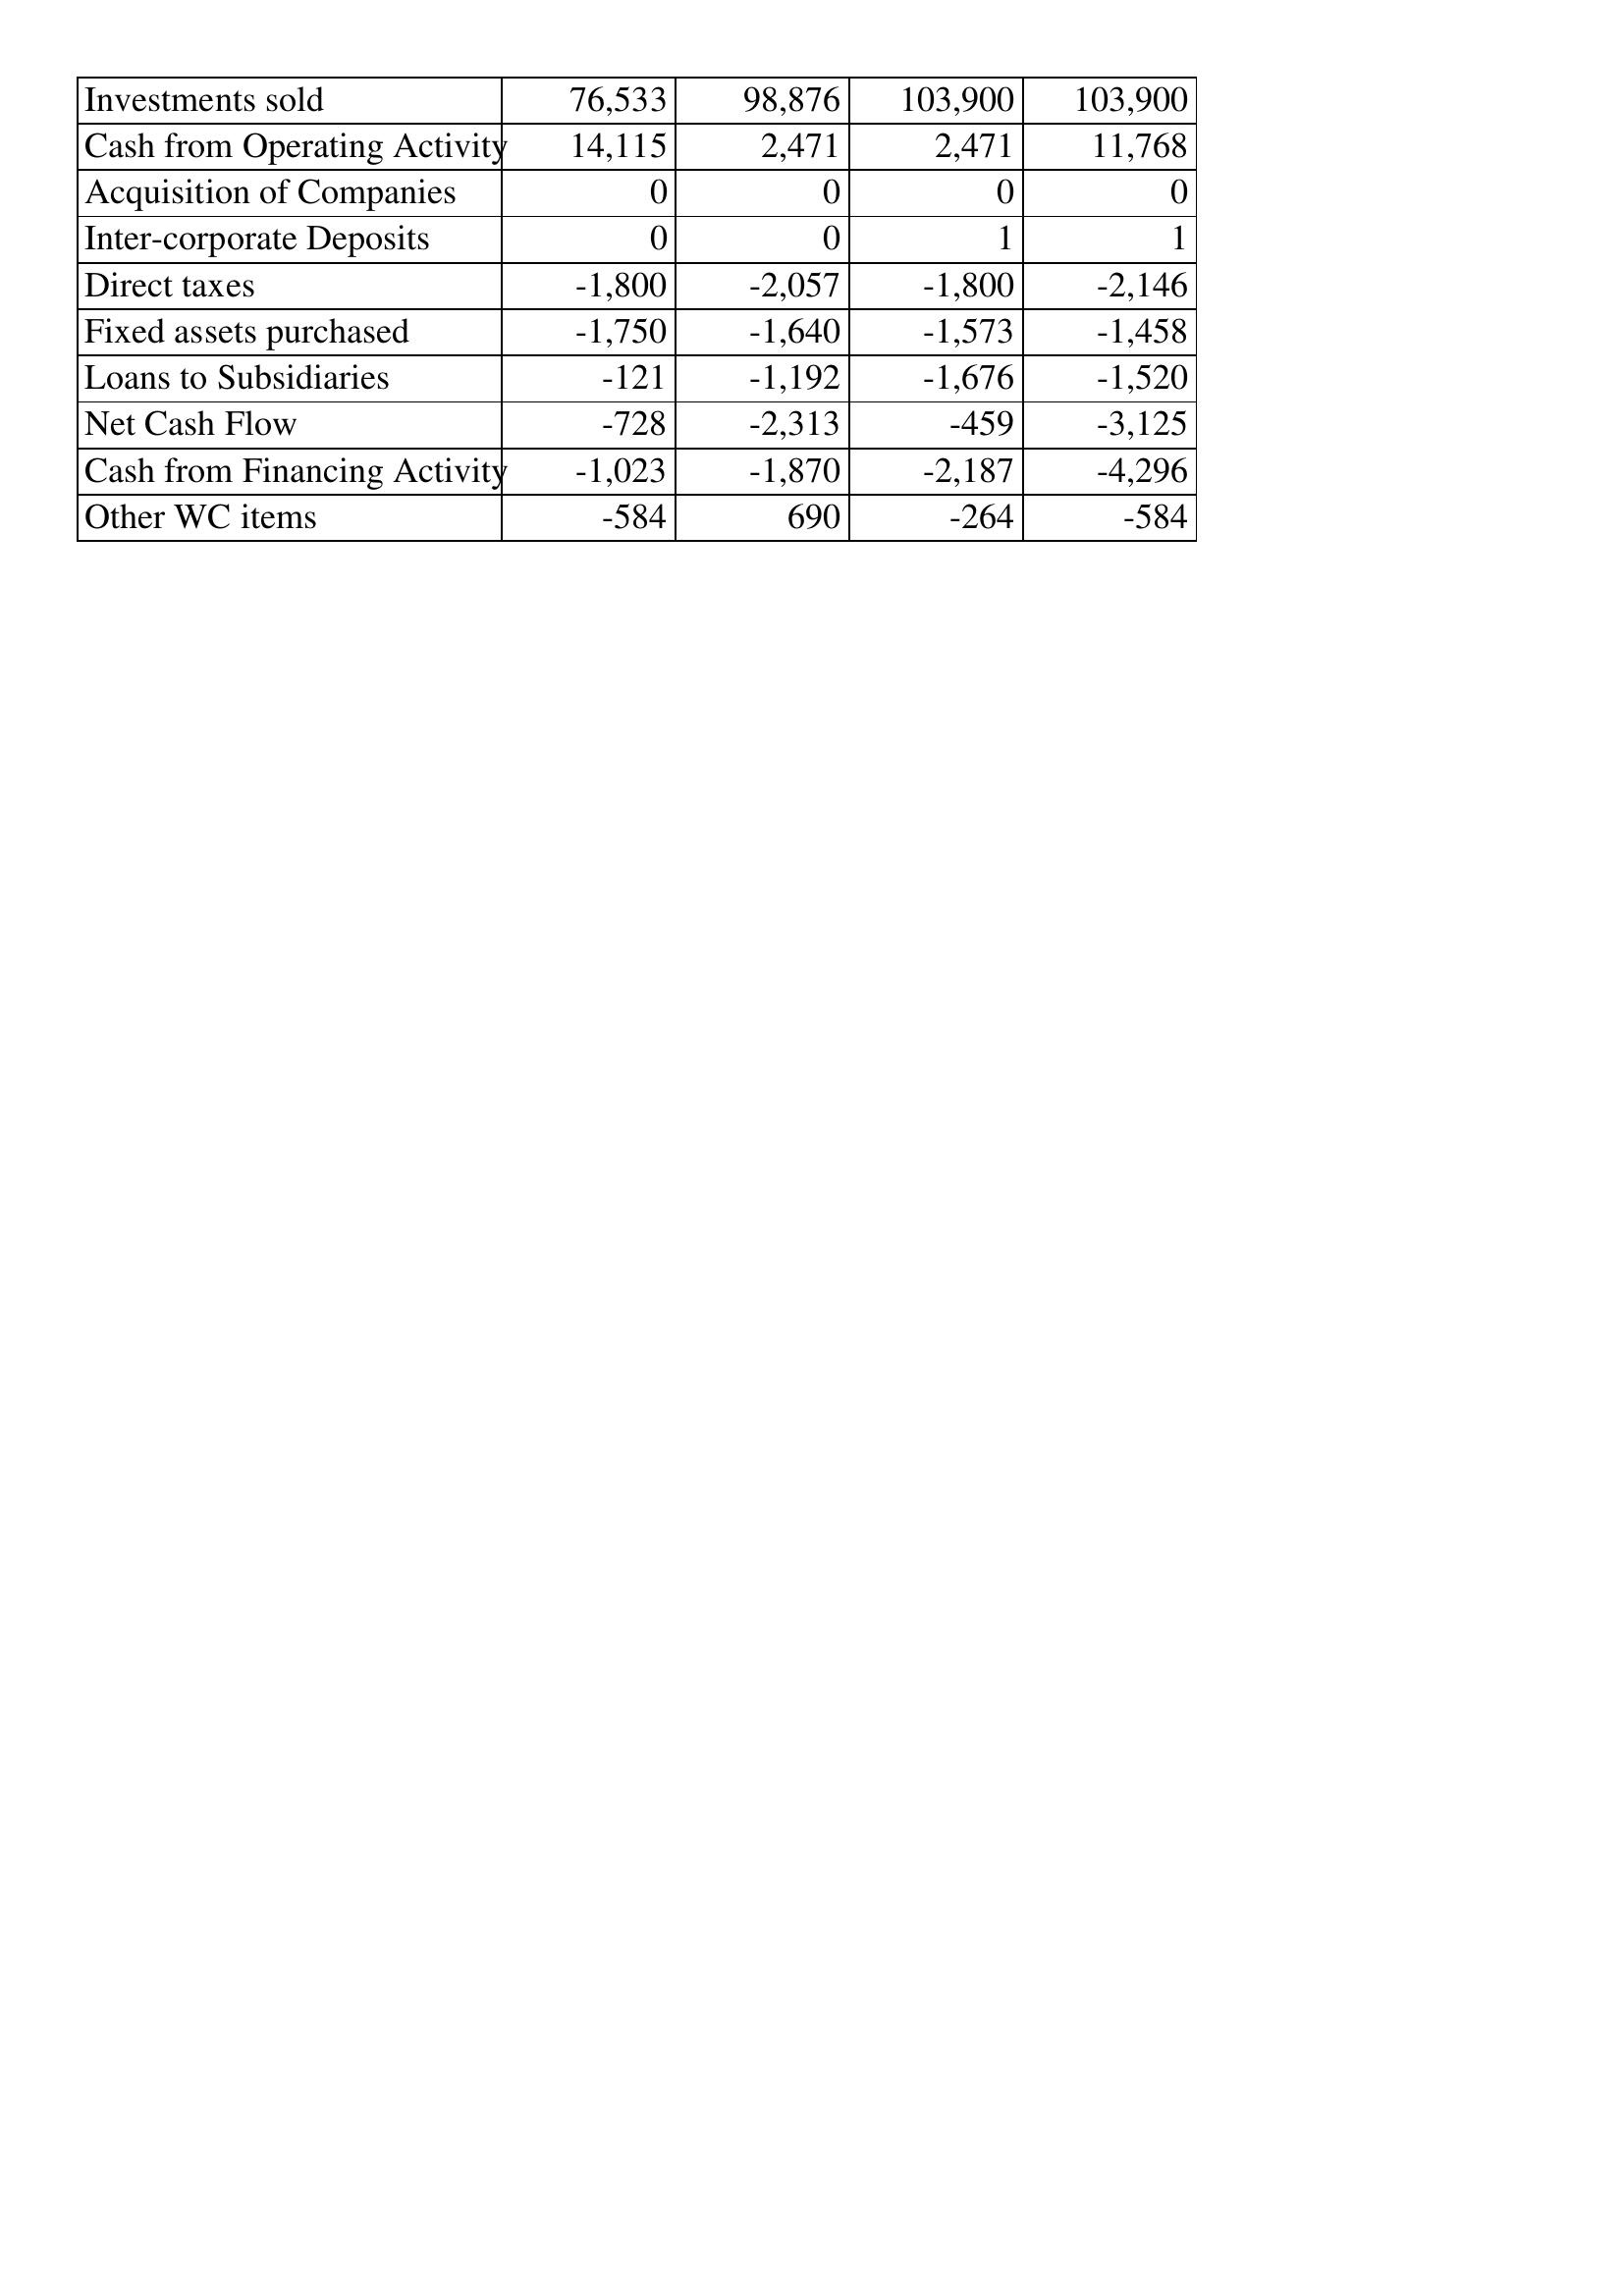
Apr-02: Cash Flows: Investments sold: 76,533
Cash from Operating Activity: 14,115
Acquisition of Companies: 0
Inter-corporate Deposits: 0
Direct taxes: -1,800
Fixed assets purchased: -1,750
Loans to Subsidiaries: -121
Net Cash Flow: -728
Cash from Financing Activity: -1,023
Other WC items: -584
Apr-01: Cash Flows: Investments sold: 98,876
Cash from Operating Activity: 2,471
Acquisition of Companies: 0
Inter-corporate Deposits: 0
Direct taxes: -2,057
Fixed assets purchased: -1,640
Loans to Subsidiaries: -1,192
Net Cash Flow: -2,313
Cash from Financing Activity: -1,870
Other WC items: 690
Apr-00: Cash Flows: Investments sold: 103,900
Cash from Operating Activity: 2,471
Acquisition of Companies: 0
Inter-corporate Deposits: 1
Direct taxes: -1,800
Fixed assets purchased: -1,573
Loans to Subsidiaries: -1,676
Net Cash Flow: -459
Cash from Financing Activity: -2,187
Other WC items: -264
Apr-99: Cash Flows: Investments sold: 103,900
Cash from Operating Activity: 11,768
Acquisition of Companies: 0
Inter-corporate Deposits: 1
Direct taxes: -2,146
Fixed assets purchased: -1,458
Loans to Subsidiaries: -1,520
Net Cash Flow: -3,125
Cash from Financing Activity: -4,296
Other WC items: -584